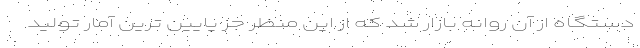
دستگاه از آن روانه بازار شد که از این منظر جز پایین ترین آمار تولید